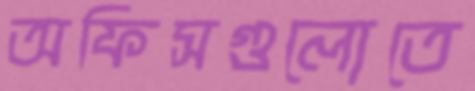
অফিসগুলোতে